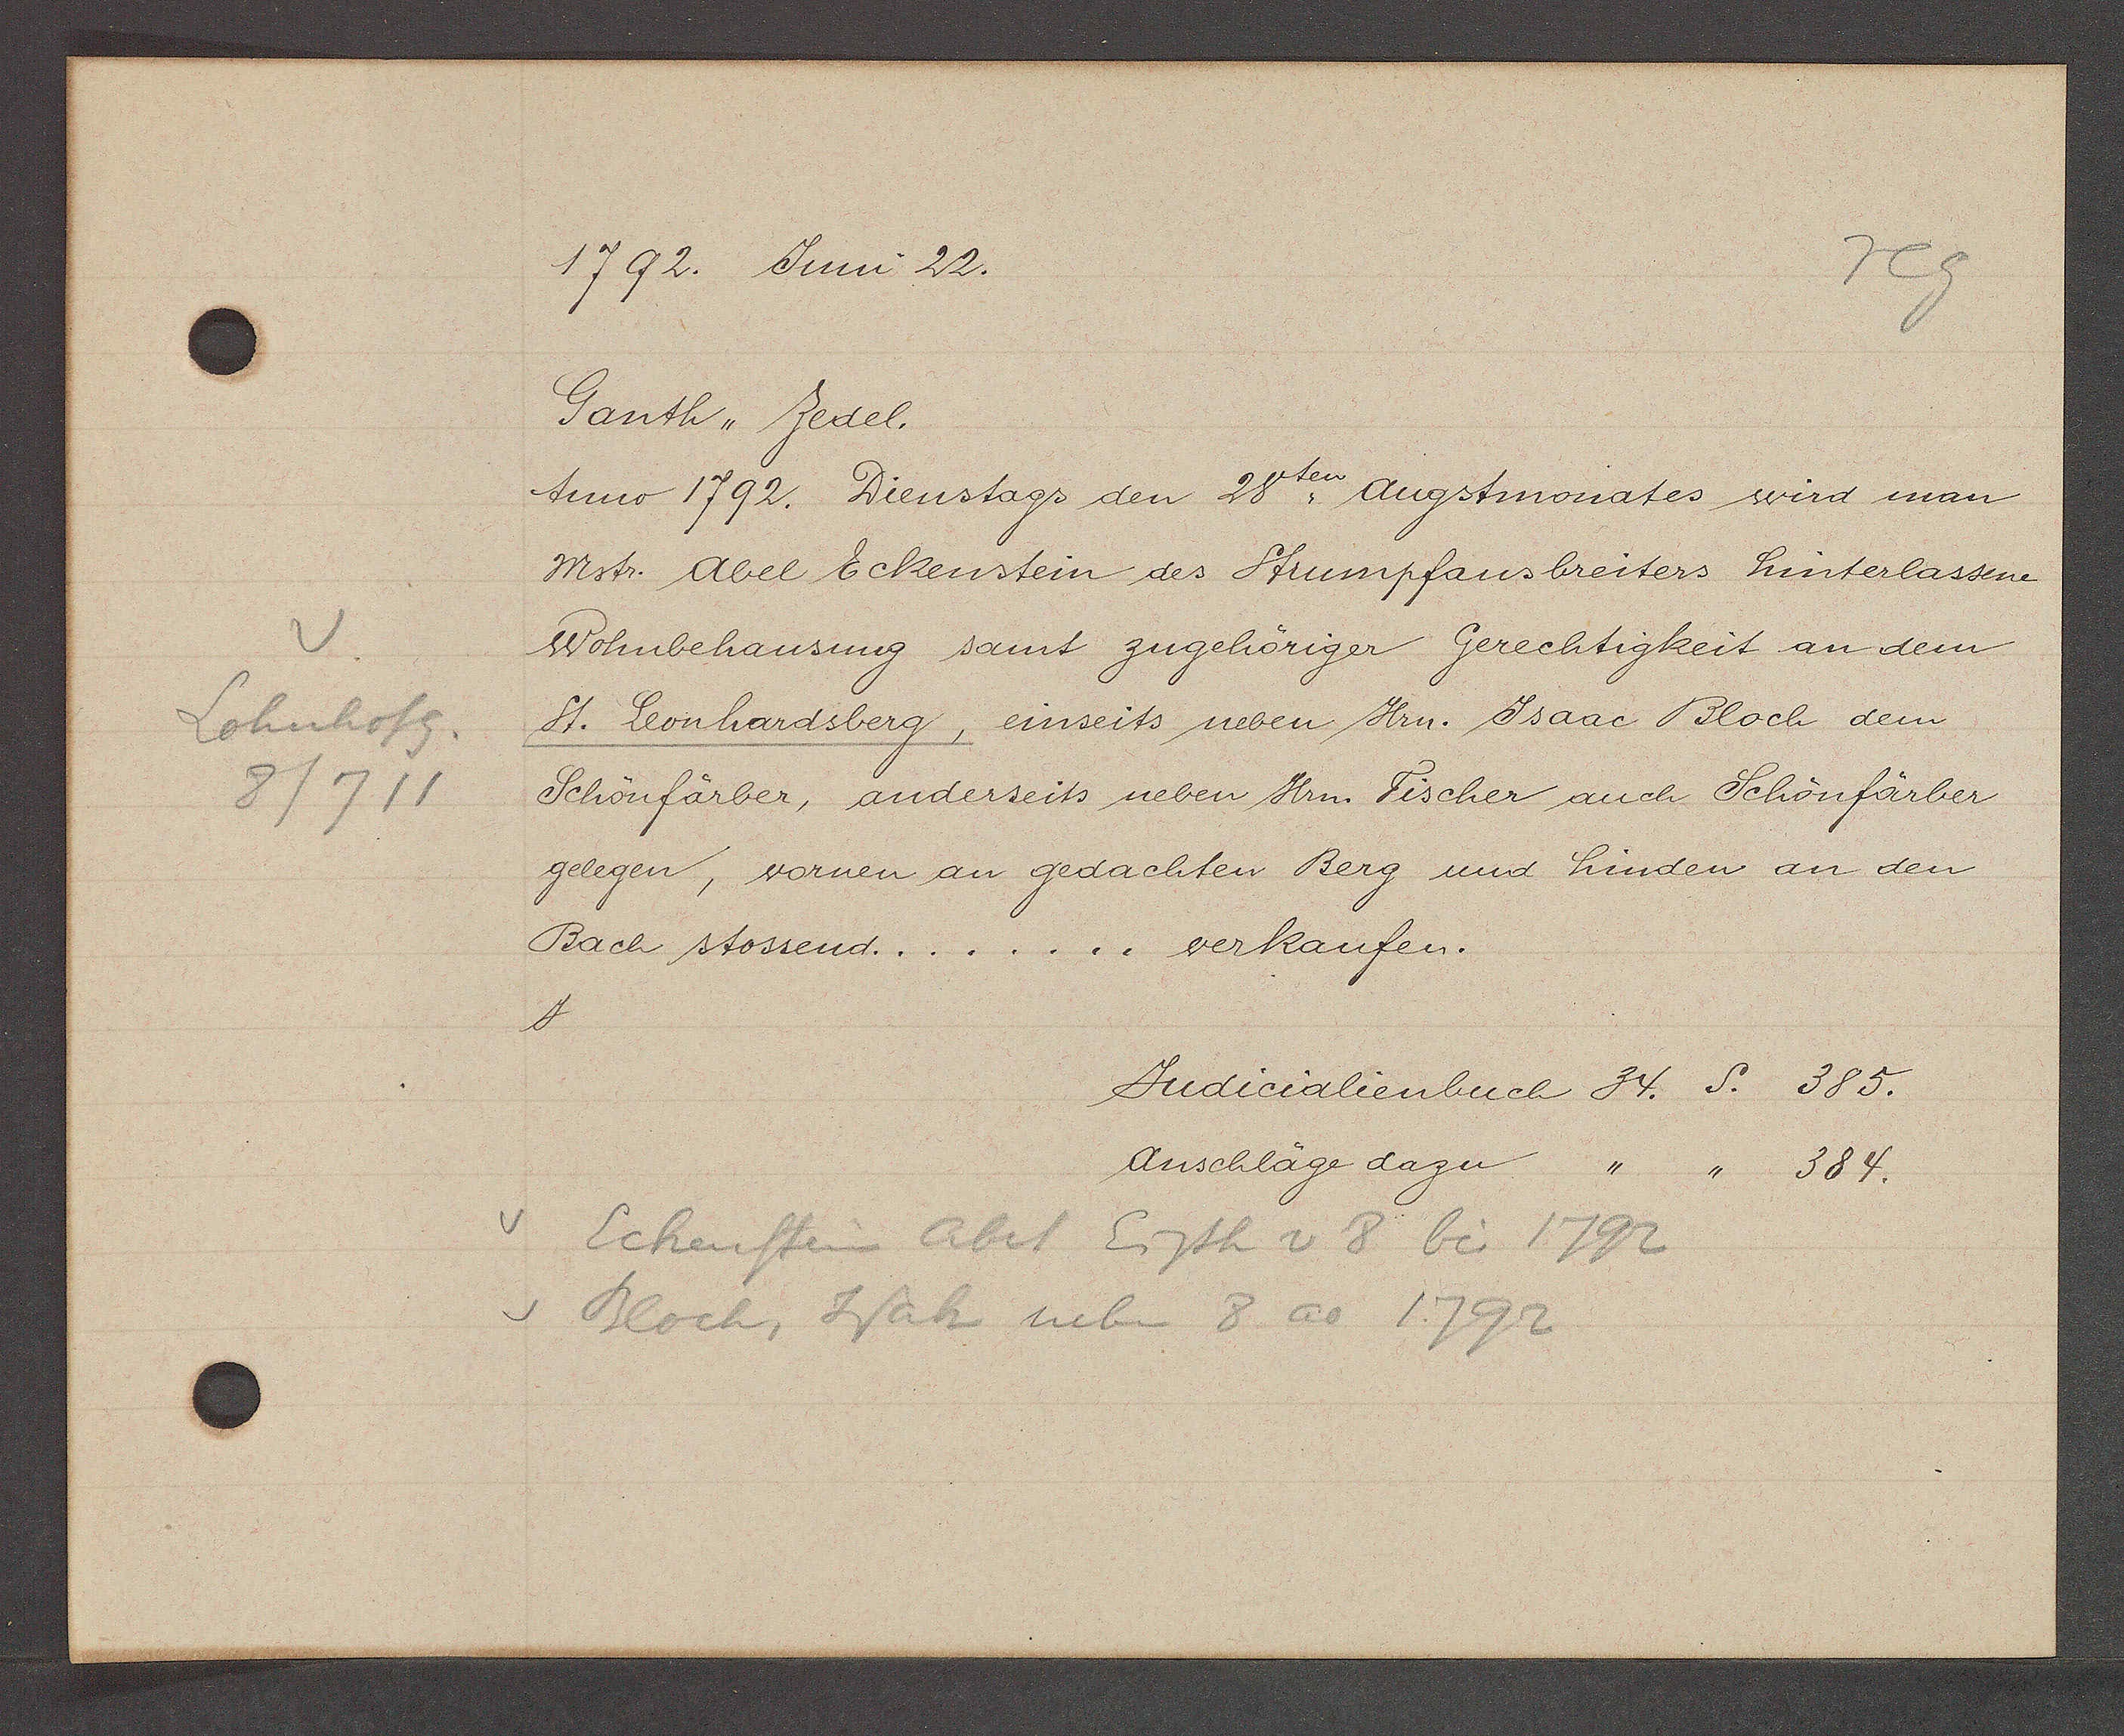
Transcript:
v
Lohnhofg.
8/711

1792. Juni 22.

Ganth, Zedel.
suno 1792. Dienstags den 28ten Augstmonates wird man
Mstr. Abel Eckenstein des Strumpfausbreiters hinterlassene
Wohnbehausung samt zugehöriger Gerechtigkeit an dem
St. Leonhardsberg, einseits neben Hrn. Jsaac Bloch dem
Schönfärber, anderseits neben Hrn. Fischer auch Schönfärber
gelegen, vornen an gedachten Berg und hinden an den
Bach stossend....
verkaufen.
J

Judicalienbuch 34. S. 385.
Anschläge dazu " " 384.

Eckenstein Abel Eigth v 8 bis 1792
v Bloch Wah neben 8 ao 1792